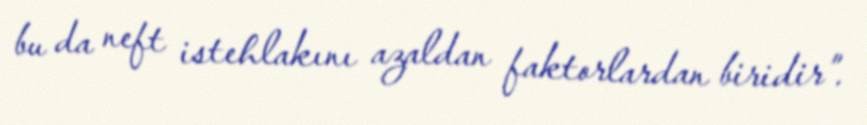
bu da neft istehlakını azaldan faktorlardan biridir”.